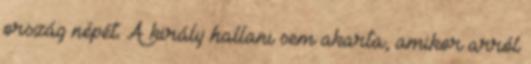
ország népét. A király hallani sem akarta, amikor arról